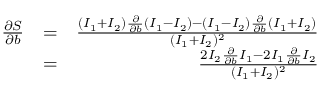
\begin{array} { r l r } { \frac { \partial S } { \partial b } } & { = } & { \frac { ( I _ { 1 } + I _ { 2 } ) \frac { \partial } { \partial b } ( I _ { 1 } - I _ { 2 } ) - ( I _ { 1 } - I _ { 2 } ) \frac { \partial } { \partial b } ( I _ { 1 } + I _ { 2 } ) } { ( I _ { 1 } + I _ { 2 } ) ^ { 2 } } } \\ & { = } & { \frac { 2 I _ { 2 } \frac { \partial } { \partial b } I _ { 1 } - 2 I _ { 1 } \frac { \partial } { \partial b } I _ { 2 } } { ( I _ { 1 } + I _ { 2 } ) ^ { 2 } } } \end{array}